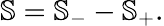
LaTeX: \mathbb{S}=\mathbb{S}_{-}-\mathbb{S}_{+}.